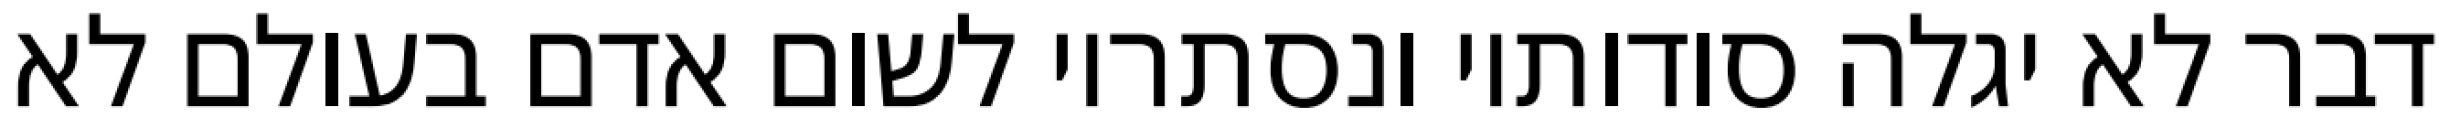
דבר לא יגלה סודותיו ונסתריו לשום אדם בעולם לא